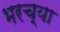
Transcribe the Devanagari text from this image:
भरच्या